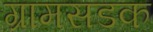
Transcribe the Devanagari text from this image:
ग्रामसडक